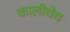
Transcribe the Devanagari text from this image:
कालीचेच